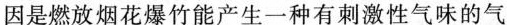
因是燃放烟花爆竹能产生一种有刺激性气味的气